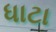
ધાટા